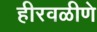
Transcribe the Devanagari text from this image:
हीरवळीणे